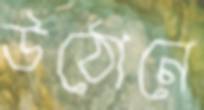
উঠোনে